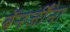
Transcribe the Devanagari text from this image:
बॅनर्जींना